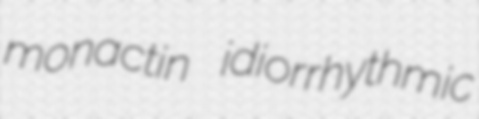
monactin idiorrhythmic